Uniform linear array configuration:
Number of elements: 24
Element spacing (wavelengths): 1
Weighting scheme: exponential
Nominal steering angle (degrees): -60
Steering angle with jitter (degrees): -58.919
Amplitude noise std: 0.05
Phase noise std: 0.05

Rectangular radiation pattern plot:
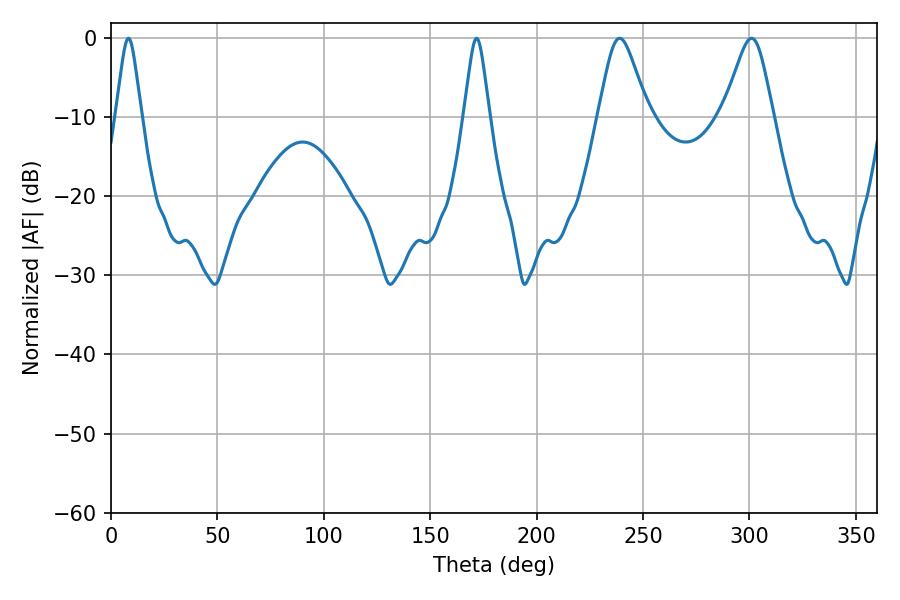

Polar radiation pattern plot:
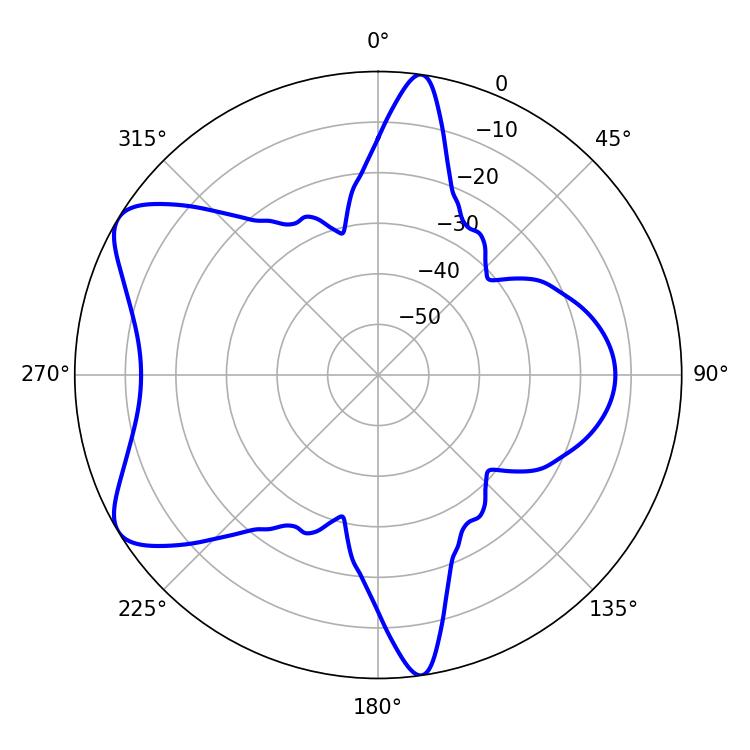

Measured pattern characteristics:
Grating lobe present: TRUE
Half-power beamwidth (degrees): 11.34
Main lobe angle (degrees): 239.04